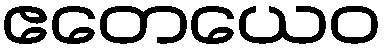
ဧတေယေဝ